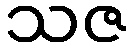
သဇ